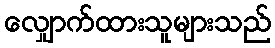
လျှောက်ထားသူများသည်